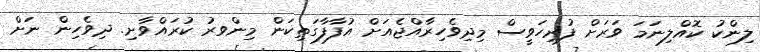
ލިންކު ކޮއްލިނަމަ ވަރަށް ފުރިހަވީސް މިދިވެހިރާއްޖެއަށް އުފާފާގަތިކަން މިންވރު ކުރައްވާށި. ދިވެހިން ނަށް